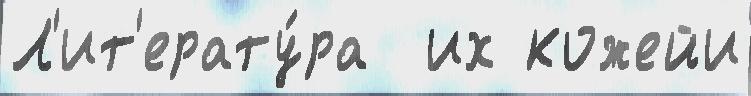
Л'ит'ерату́ра  их кожейи